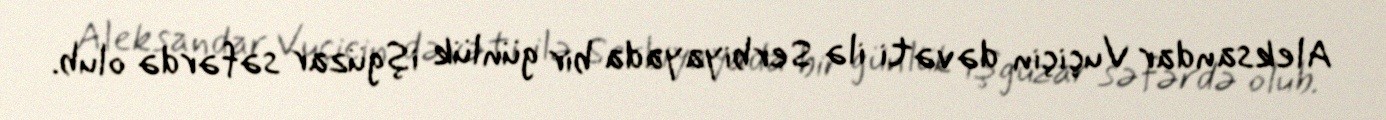
Aleksandar Vuçiçin dəvəti ilə Serbiyayada bir günlük işgüzar səfərdə olub.